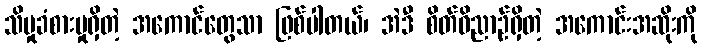
သိမှုခံစားမှုရှိတဲ့ အကောင်တွေသာ ဖြစ်ပါတယ်၊ အဲဒီ စိတ်ဝိညာဉ်ရှိတဲ့ အကောင်းအဆိုးကို